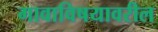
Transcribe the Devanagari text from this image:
गावाविषयावरील